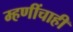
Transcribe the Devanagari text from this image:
म्हणींचाही